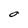
Character: O